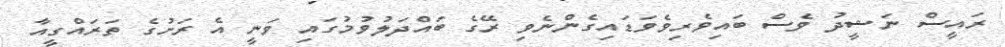
ރައީސް ނަޝީދު ވެސް ބައިވެރިވެވަޑައިގެންނެވި ރޭގެ ބައްދަލުވުމުގައި ވަނީ އެ ރަށުގެ ތަރައްގީއާ